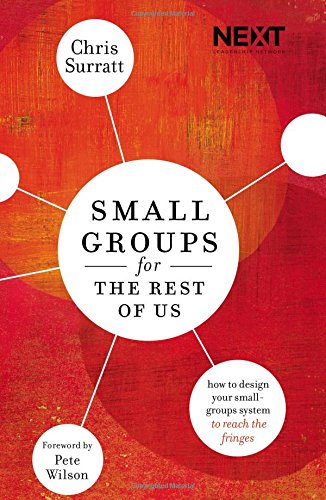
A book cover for Small Groups for the Rest of Us: How to Design Your Small Groups System to Reach the Fringes; Chris Surratt; Christian Books & Bibles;